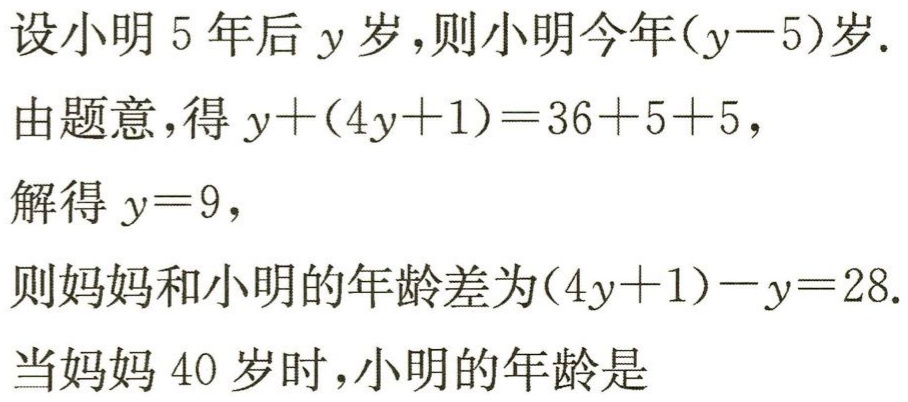
设小明5年后\(y\)岁，则小明今年\((y - 5)\)岁.

由题意，得\(y+(4y + 1)=36 + 5 + 5\)，

解得\(y = 9\)，

则妈妈和小明的年龄差为\((4y + 1)-y = 28\).

当妈妈40岁时，小明的年龄是